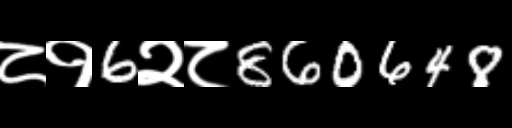
Text: ८१6२८860648